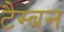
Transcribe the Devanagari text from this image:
टैम्बन